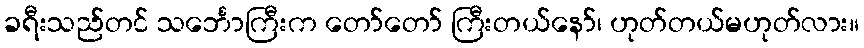
ခရီးသည်တင် သင်္ဘောကြီးက တော်တော် ကြီးတယ်နော်၊ ဟုတ်တယ်မဟုတ်လား။